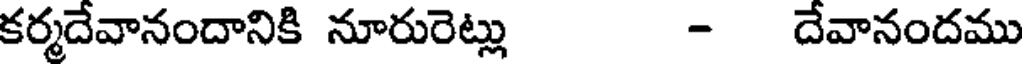
కర్మదేవానందానికి నూరురెట్లు - దేవానందము